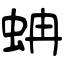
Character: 蚺